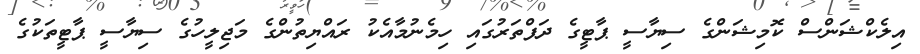
އިލެކްޝަންސް ކޮމިޝަންގެ ސިޔާސީ ޕާޓީގެ ދަފްތަރުގައި ހިމެނުމާއެކު ރައްޔިތުންގެ މަޖިލީހުގެ ސިޔާސީ ޕާޓީތަކުގެ